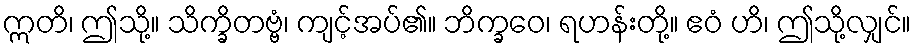
ဣတိ၊ ဤသို့။ သိက္ခိတဗ္ဗံ၊ ကျင့်အပ်၏။ ဘိက္ခဝေ၊ ရဟန်းတို့။ ဧဝံ ဟိ၊ ဤသို့လျှင်။